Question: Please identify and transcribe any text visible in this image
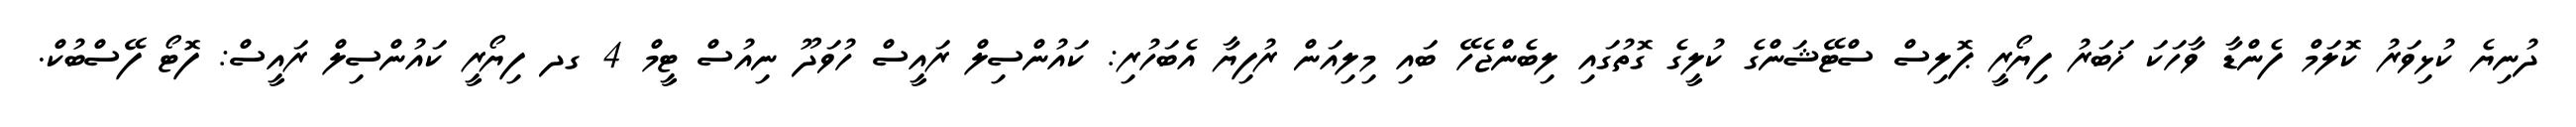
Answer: ދުނިޔެ ކުޅިވަރު ކޮލަމް ފެންޑާ ވާހަކަ ޚަބަރު ފިޔޯރީ ޕޮލިސް ސްޓޭޝަންގެ ކުލީގެ ގޮތުގައި ލިބެންޖެހޭ ބައި މިލިއަން ރުފިޔާ އެބަހުރި: ކައުންސިލް ރައީސް ހުވަދޫ ނިއުސް ޓީމް 4 ގދ ފިޔޯރީ ކައުންސިލް ރައީސް: ފޮޓޯ ފޭސްބުކް.